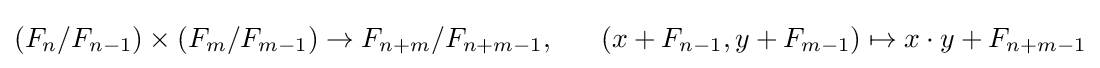
(F_{n}/F_{n-1})\times (F_{m}/F_{m-1})\to F_{n+m}/F_{n+m-1},\ \ \ \ \ \left(x+F_{n-1},y+F_{m-1}\right)\mapsto x\cdot y+F_{n+m-1}